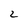
Character: 2